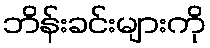
ဘိန်းခင်းများကို